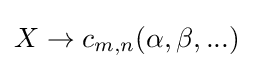
X\to c_{m,n}(\alpha ,\beta ,...)